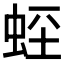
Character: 𧊻